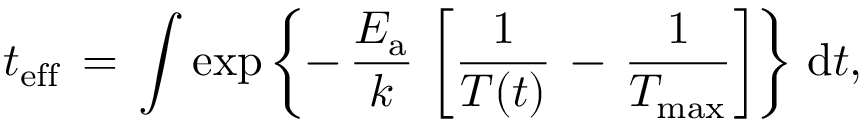
t _ { \mathrm { e f f } } \, = \, \int \exp \left\lbrace - \, \frac { E _ { \mathrm { a } } } { k } \, \left[ \frac { 1 } { T ( t ) } \, - \, \frac { 1 } { T _ { \mathrm { m a x } } } \right] \right\rbrace \, \mathrm { d } t ,